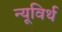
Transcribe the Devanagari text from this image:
न्यूविर्थ